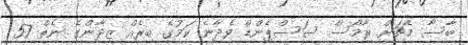
ބާސާ މެޗަށް ރާމޯސް ސަސްޕެންޑް ވެދާނެ ކަމުގެ ބިރެއް ޒިދާންގެ ނެތް 57